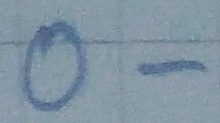
Text: O-